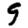
Digit: 9